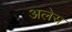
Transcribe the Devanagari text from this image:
अलेस